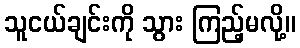
သူငယ်ချင်းကို သွား ကြည့်မလို့။